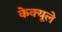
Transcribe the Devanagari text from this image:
केक्यूले